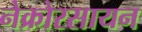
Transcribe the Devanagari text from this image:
नेक्रोरसायन